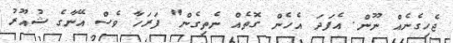
ޖެހިގެނެއް ނޫން. އެފަދަ އެހެން ގޮތެއް ނެތިގެން" ފަރަހާ ވެސް އޭނާގެ ޝުއޫރު